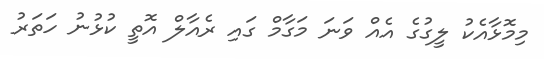
މިމޮޅާއެކު ލީގުގެ އެއް ވަނަ މަގާމް ގައި ރެއާލް އޮތީ ކުޅުނު ހަތަރު